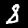
Digit: 8